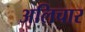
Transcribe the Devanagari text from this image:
अलिचार